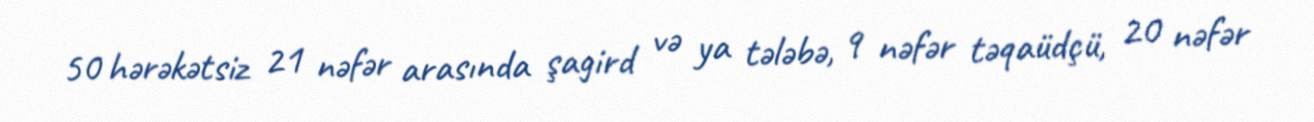
50 hərəkətsiz 21 nəfər arasında şagird və ya tələbə, 9 nəfər təqaüdçü, 20 nəfər